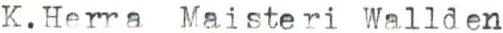
K. Herra Maisteri Wallden